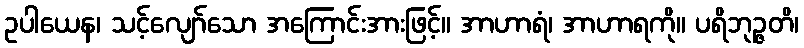
ဥပါယေန၊ သင့်လျော်သော အကြောင်းအားဖြင့်။ အာဟာရံ၊ အာဟာရကို။ ပရိဘုဉ္ဇတိ၊